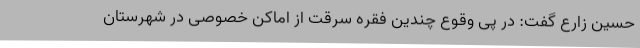
حسین زارع گفت: در پی وقوع چندین فقره سرقت از اماکن خصوصی در شهرستان